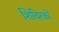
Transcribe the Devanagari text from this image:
शिविरकों